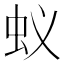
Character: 蚁